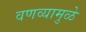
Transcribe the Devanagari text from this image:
वणव्यामुळे